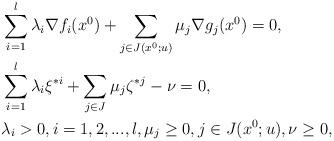
LaTeX: \begin{align*}&\sum_{i=1}^l\lambda_i\nabla f_i(x^0)+\sum_{j\in J(x^0; u)} \mu_j\nabla g_j(x^0)=0,\\&\sum_{i=1}^l\lambda_i\xi^{*i}+\sum_{j\in J}\mu_j\zeta^{*j}-\nu= 0,\\&\lambda_i> 0, i=1, 2, ..., l, \mu_j\geq 0, j\in J(x^0; u), \nu\geq 0, \end{align*}